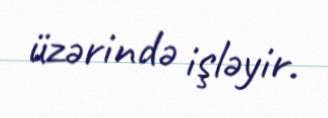
üzərində işləyir.